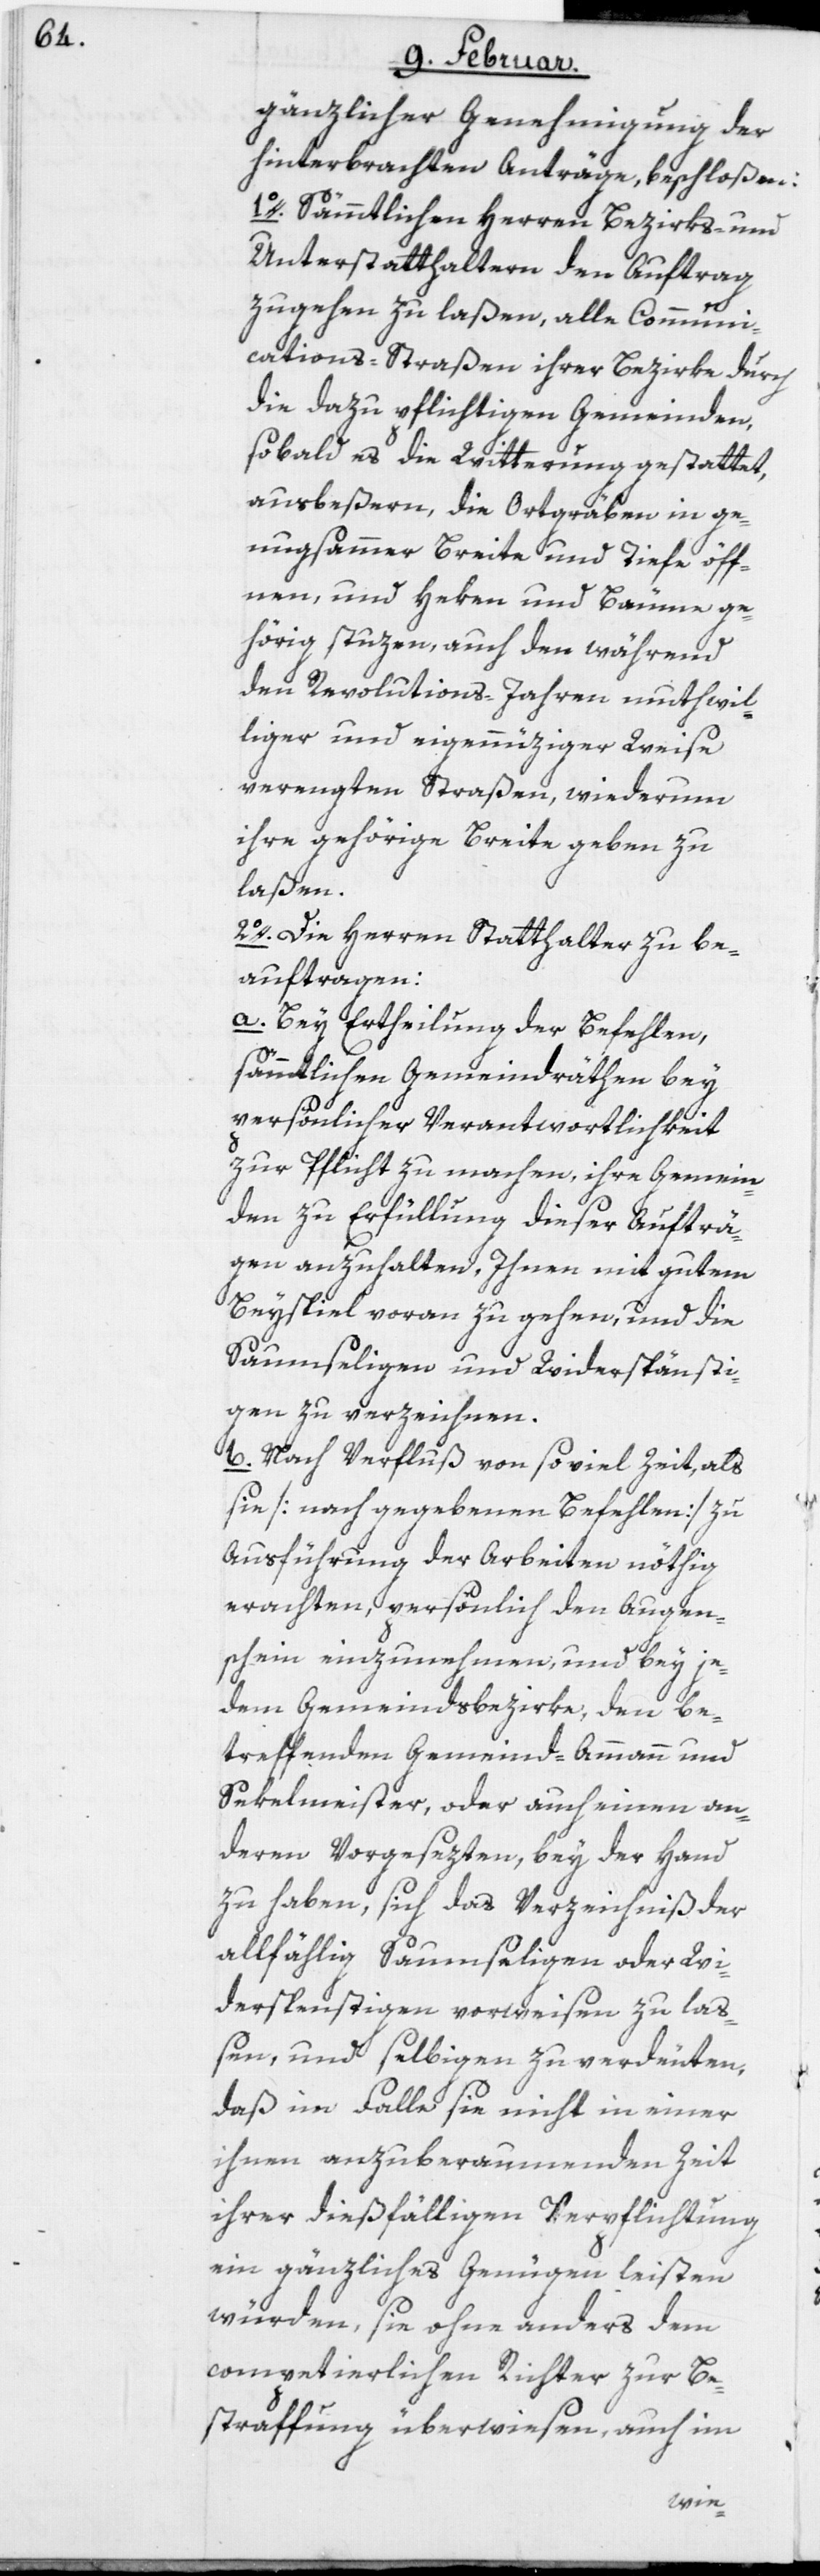
gänzlicher Genehmigung der
hinterbrachten Anträge, beschloßen:
1o. Sämmtlichen Herren Bezirks- und
Unterstatthaltern den Auftrag
zugehen zu laßen, alle Communi¬
cations-Straßen ihrer Bezirke durch
die dazu pflichtigen Gemeinden,
sobald es die Witterung gestattet,
ausbeßern, die Ortgräben in ge¬
nugsamer Breite und Tiefe öff¬
nen, und Heken und Bäume ge¬
hörig stuzen, auch den während
den Revolutions-Jahren muthwil¬
liger und eigennüziger Weise
verengten Straßen, wiederum
ihre gehörige Breite geben zu
laßen.
2o. Die Herren Statthalter zu be¬
auftragen:
a. Bey Ertheilung der Befehlen,
sämmtlichen Gemeindräthen bey
persönlicher Verantwortlichkeit
zur Pflicht zu machen, ihre Gemein¬
den zur Erfüllung dieser Aufträ¬
gen anzuhalten, Ihnen mit gutem
Beyspiel voran zu gehen, und die
Saumseligen und Widerspänsti¬
gen zu verzeichnen.
b. Nach Verfluß von soviel Zeit, als
sie [nach gegebenen Befehlen] zu
Ausführung der Arbeiten nöthig
erachten, persönlich den Augen¬
schein einzunehmen, und bey je¬
dem Gemeindsbezirke, den be¬
treffenden Gemeind-Ammann und
Sekelmeister, oder auch einen an¬
deren Vorgesezten, bey der Hand
zu haben, sich das Verzeichniß der
allfählig Saumseligen oder Wi¬
derspenstigen vorweisen zu laß¬
en, und selbigen zu verdeuten,
daß im Falle sie nicht in einer
ihnen anzuberaumenden Zeit
ihrer dießfälligen Verpflichtung
ein gänzliches Genügen leisten
würden, sie ohne anders dem
competierlichen Richter zur Be¬
straffung überwiesen, auch im